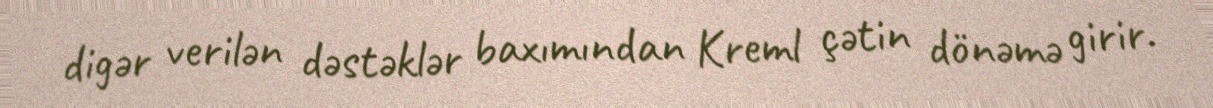
digər verilən dəstəklər baxımından Kreml çətin dönəmə girir.